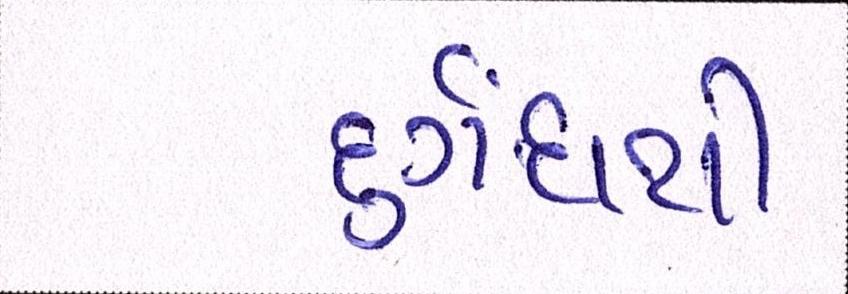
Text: દુર્ગંધથી